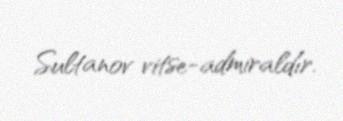
Sultanov vitse-admiraldır.